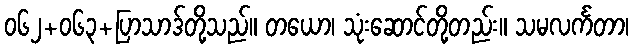
၀၆၂+၀၆၃+ပြာသာဒ်တို့သည်။ တယော၊ သုံးဆောင်တို့တည်း။ သမလင်္ကတာ၊